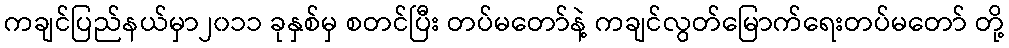
ကချင်ပြည်နယ်မှာ၂၀၁၁ ခုနှစ်မှ စတင်ပြီး တပ်မတော်နဲ့ ကချင်လွတ်မြောက်ရေးတပ်မတော် တို့